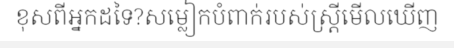
ខុសពីអ្នកដទៃ?សម្លៀកបំពាក់របស់ស្ត្រីមើលឃើញ